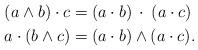
LaTeX: \begin{align*}(a\wedge b)\cdot c &= (a\cdot b)\:\cdot\:(a\cdot c)\\a\cdot(b\wedge c) &= (a\cdot b)\wedge(a\cdot c).\end{align*}